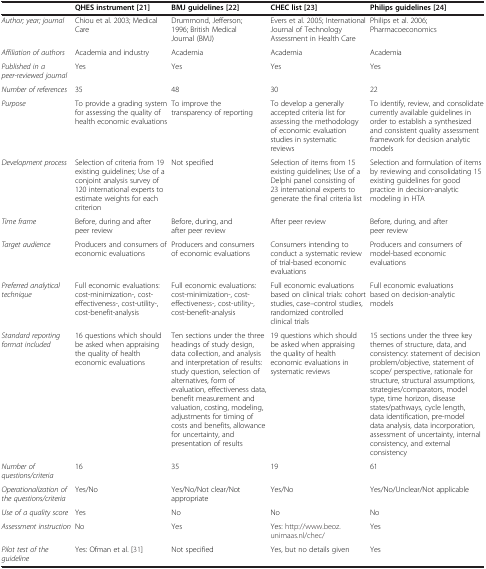
|  | QHES instrument[21] | BMJ guidelines[22] | CHEC list[23] | Philips guidelines[24] |
 | --- | --- | --- | --- | --- |
 | Author; year; journal | Chiou et al. 2003; Medical Care | Drummond, Jefferson; 1996; British Medical Journal (BMJ) | Evers et al. 2005; International Journal of Technology Assessment in Health Care | Philips et al. 2006; Pharmacoeconomics |
 | Affiliation of authors | Academia and industry | Academia | Academia | Academia |
 | Published in a peer-reviewed journal | Yes | Yes | Yes | Yes |
 | Number of references | 35 | 48 | 30 | 22 |
 | Purpose | To provide a grading system for assessing the quality of health economic evaluations | To improve the transparency of reporting | To develop a generally accepted criteria list for assessing the methodology of economic evaluation studies in systematic reviews | To identify, review, and consolidate currently available guidelines in order to establish a synthesized and consistent quality assessment framework for decision analytic models |
 | Development process | Selection of criteria from 19 existing guidelines; Use of a conjoint analysis survey of 120 international experts to estimate weights for each criterion | Not specified | Selection of items from 15 existing guidelines; Use of a Delphi panel consisting of 23 international experts to generate the final criteria list | Selection and formulation of items by reviewing and consolidating 15 existing guidelines for good practice in decision-analytic modeling in HTA |
 | Time frame | Before, during and after peer review | Before, during, and after peer review | After peer review | Before, during, and after peer review |
 | Target audience | Producers and consumers of economic evaluations | Producers and consumers of economic evaluations | Consumers intending to conduct a systematic review of trial-based economic evaluations | Producers and consumers of model-based economic evaluations |
 | Preferred analytical technique | Full economic evaluations: cost-minimization-, cost-effectiveness-, cost-utility-, cost-benefit-analysis | Full economic evaluations: cost-minimization-, cost-effectiveness-, cost-utility-, cost-benefit-analysis | Full economic evaluations based on clinical trials: cohort studies, case–control studies, randomized controlled clinical trials | Full economic evaluations based on decision-analytic models |
 | Standard reporting format included | 16 questions which should be asked when appraising the quality of health economic evaluations | Ten sections under the three headings of study design, data collection, and analysis and interpretation of results: study question, selection of alternatives, form of evaluation, effectiveness data, benefit measurement and valuation, costing, modeling, adjustments for timing of costs and benefits, allowance for uncertainty, and presentation of results | 19 questions which should be asked when appraising the quality of health economic evaluations in systematic reviews | 15 sections under the three key themes of structure, data, and consistency: statement of decision problem/objective, statement of scope/ perspective, rationale for structure, structural assumptions, strategies/comparators, model type, time horizon, disease states/pathways, cycle length, data identification, pre-model data analysis, data incorporation, assessment of uncertainty, internal consistency, and external consistency |
 | Number of questions/criteria | 16 | 35 | 19 | 61 |
 | Operationalization of the questions/criteria | Yes/No | Yes/No/Not clear/Not appropriate | Yes/No | Yes/No/Unclear/Not applicable |
 | Use of a quality score | Yes | No | No | No |
 | Assessment instruction | No | Yes | Yes: http://www.beoz.unimaas.nl/chec/ | Yes |
 | Pilot test of the guideline | Yes: Ofman et al. [31] | Not specified | Yes, but no details given | Yes |